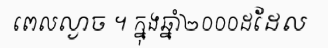
ពេលល្ងាច ។ ក្នុងឆ្នាំ២០០០ដដែល